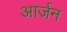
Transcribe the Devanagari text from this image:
आर्जन